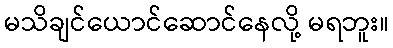
မသိချင်ယောင်ဆောင်နေလို့ မရဘူး။